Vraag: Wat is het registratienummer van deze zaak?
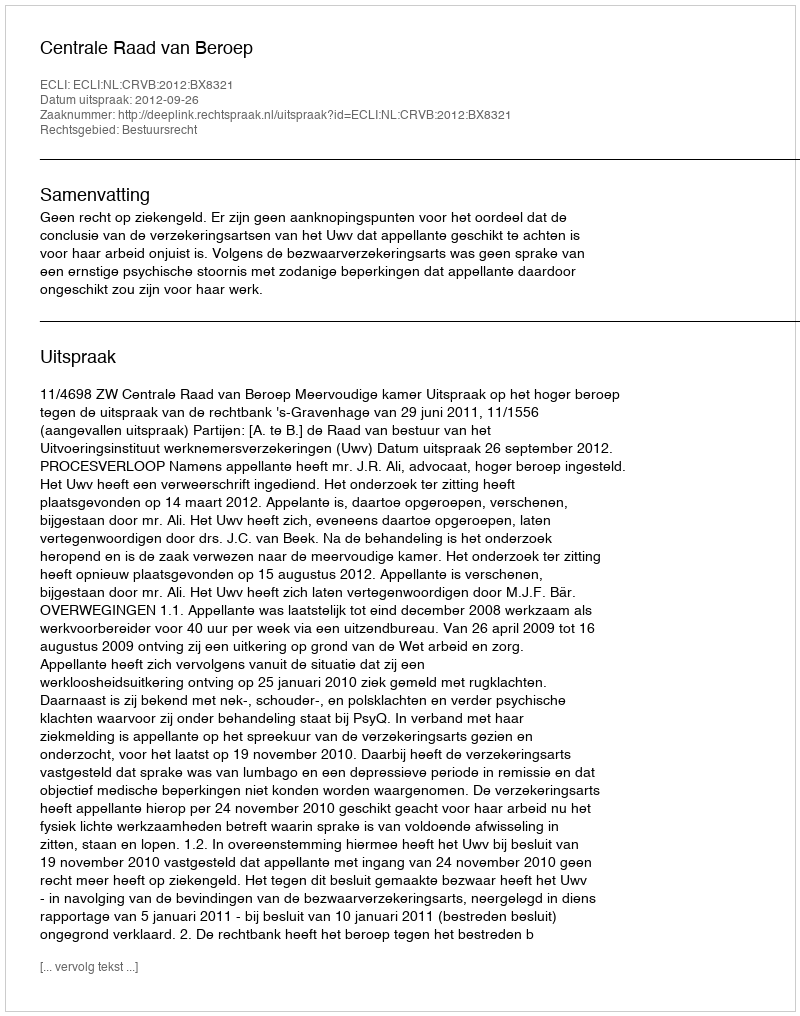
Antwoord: http://deeplink.rechtspraak.nl/uitspraak?id=ECLI:NL:CRVB:2012:BX8321